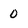
Character: O